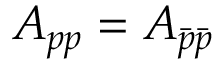
A _ { p p } = A _ { \bar { p } \bar { p } }